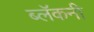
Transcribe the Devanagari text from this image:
ब्लॅकनी